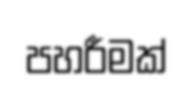
පහරීමක්